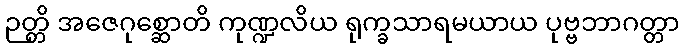
ဉတ္တိ အဇေဂုစ္ဆောတိ ကုဏ္ဍလိယ ရုက္ခသာရမယာယ ပုဗ္ဗဘာဂတ္တာ